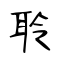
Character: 聆